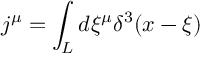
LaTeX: j ^ { \mu } = \int _ { L } d \xi ^ { \mu } \delta ^ { 3 } ( x - \xi )